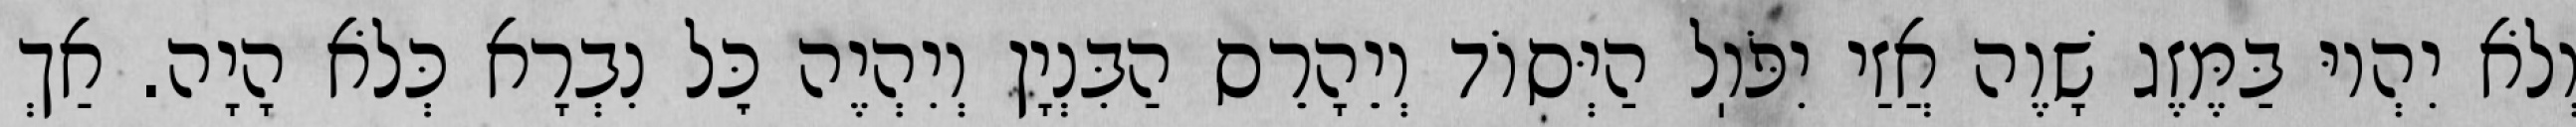
וְלֹא יִהְיוּ בַּמֶּזֶג שָׁוֶה אֲזַי יִפֹּוֽל הַיְּסוֹד וְיֵהָרֵס הַבִּנְיָן וְיִהְיֶה כׇּל נִבְרָא כְּלֹא הָיָה. אַךְ